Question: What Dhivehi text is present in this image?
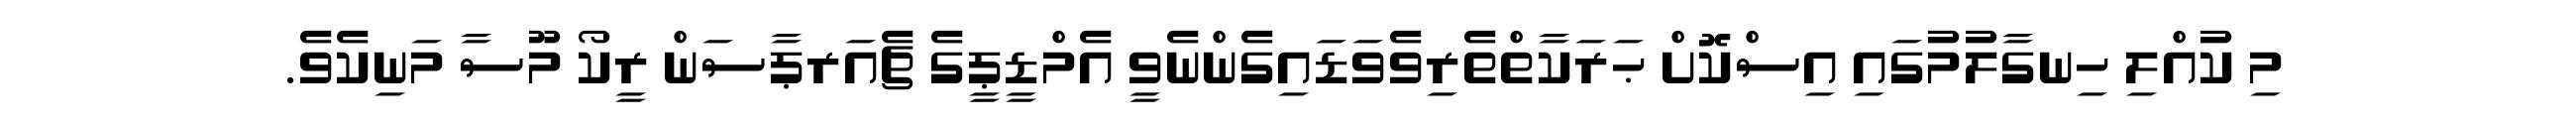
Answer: މި ކުއްލި ހިނގާލުމުގައި އިސްކޮށް ޙަރަކާތްތެރިވެވަޑައިގެންނެވީ އެމްޑީޕީގެ ޗެއަރޕާސަން ރީކޯ މޫސާ މަނިކެވެ.